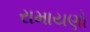
રામાયણો